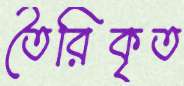
তৈরিকৃত